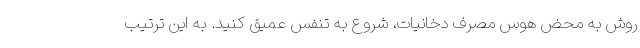
روش به محض هوس مصرف دخانیات، شروع به تنفس عمیق کنید. به این ترتیب